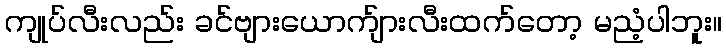
ကျုပ်လီးလည်း ခင်ဗျားယောက်ျားလီးထက်တော့ မညံ့ပါဘူး။